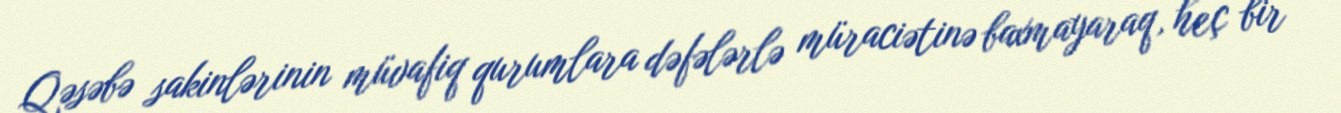
Qəsəbə sakinlərinin müvafiq qurumlara dəfələrlə müraciətinə baxmayaraq, heç bir